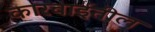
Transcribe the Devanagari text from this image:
कारवाईतील